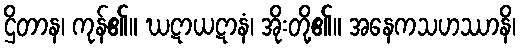
ဌိတာန၊ ကုန်၏။ ဃဋာယဋာနံ၊ အိုးတို့၏။ အနေကသဟဿာနိ၊